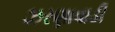
ઝરણાવાડી